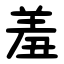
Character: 羞